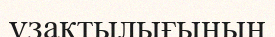
ұзақтылығының